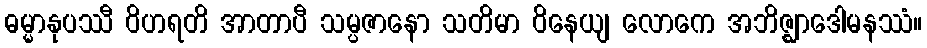
ဓမ္မာနုပဿီ ဝိဟရတိ အာတာပီ သမ္ပဇာနော သတိမာ ဝိနေယျ လောကေ အဘိဇ္ဈာဒေါမနဿံ။